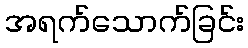
အရက်သောက်ခြင်း